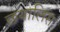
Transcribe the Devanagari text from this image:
छयालिस